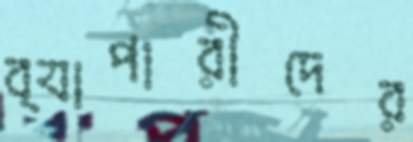
ব্যাপারীদের